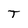
Character: T